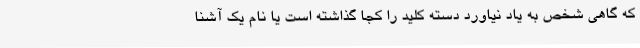
که گاهی شخص به یاد نیاورد دسته کلید را کجا گذاشته است یا نام یک آشنا